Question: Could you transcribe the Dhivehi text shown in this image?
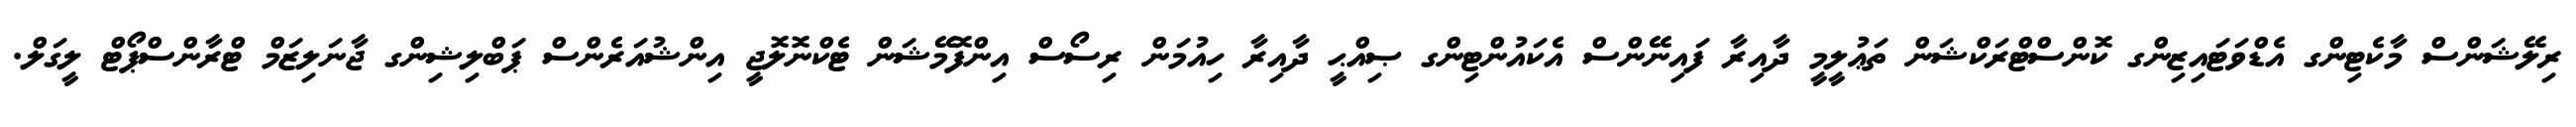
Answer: ރިލޭޝަންސް މާކެޓިންގ އެޑްވަޓައިޒިންގ ކޮންސްޓްރަކްޝަން ތަޢުލީމީ ދާއިރާ ފައިނޭންސް އެކައުންޓިންގ ޞިއްޙީ ދާއިރާ ހިއުމަން ރިސޯސް އިންފޮމޭޝަން ޓެކްނޮލޮޖީ އިންޝުއަރެންސް ޕަބްލިޝިންގ ޖާނަލިޒަމް ޓްރާންސްޕޯޓް ލީގަލް.